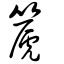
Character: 篪